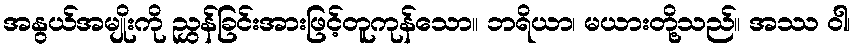
အနွယ်အမျိုးကို ညွှန်ခြင်းအားဖြင့်တူကုန်သော။ ဘရိယာ၊ မယားတို့သည်။ အဿ ဝါ၊